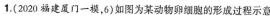
1.（2020福建员门一模，6）如图为某动物卵细胞的形成过程示意